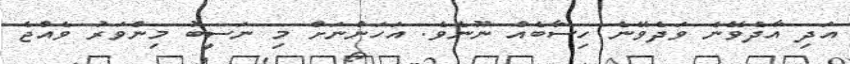
އަދި އާދެވޭނެ ވަދެވޭނެ ހިސާބެއް ނޫނެވެ. އަހަންނަށް މި ނަސީބު މިންވަރު ވެއްޖެ